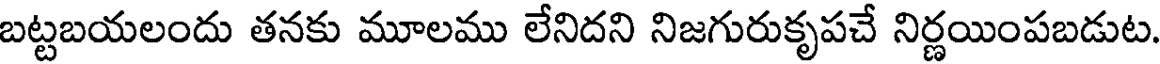
బట్టబయలందు తనకు మూలము లేనిదని నిజగురుకృపచే నిర్ణయింపబడుట.